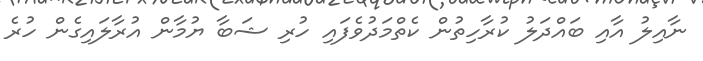
ނާއިލު އާއި ބައްދަލު ކުރާހިތުން ކެތްމަދުވެފައި ހުރި ޝަބާ ޔުމާން އުރާލައިގެން ހުރެ